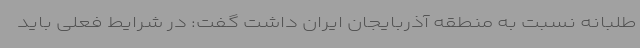
طلبانه نسبت به منطقه آذربایجان ایران داشت گفت: در شرایط فعلی باید